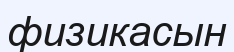
физикасын